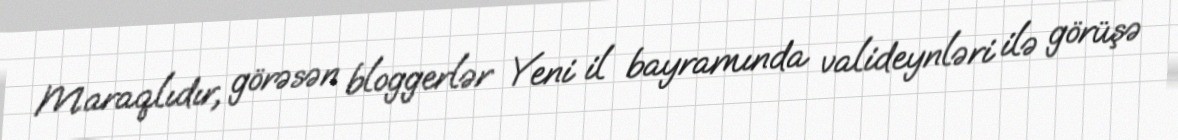
Maraqlıdır, görəsən bloggerlər Yeni il bayramında valideynləri ilə görüşə